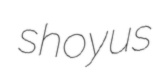
shoyus